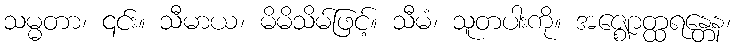
သမ္မတာ၊ ၎င်း။ သီမာယ၊ မိမိသိမ်ဖြင့်။ သီမံ၊ သူတပါးကို။ အဇ္ဈောတ္ထရန္တေန၊